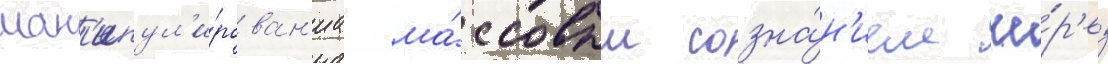
ман'ипул'и́рован'иа ма́ссовым созна́н'ием че́р'ез